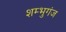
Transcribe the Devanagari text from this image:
शम्भुगंज